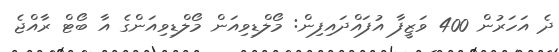
ދެ އަހަރުން 400 ވަޒީފާ އުފައްދައިފިން: މޯލްޑިވިއަން މޯލްޑިވިއަންގެ އާ ބޯޓް ރާއްޖެ